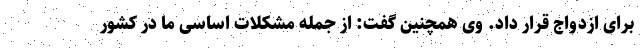
برای ازدواج قرار داد. وی همچنین گفت: از جمله مشکلات اساسی ما در کشور